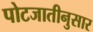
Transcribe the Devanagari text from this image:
पोटजातीनुसार